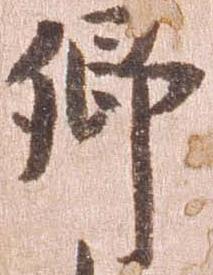
郷